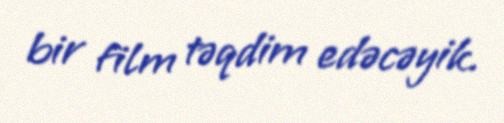
bir film təqdim edəcəyik.